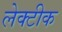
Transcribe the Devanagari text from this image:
लेक्टीक